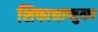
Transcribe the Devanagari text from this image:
शिफाश्चाप्नुयाद